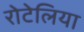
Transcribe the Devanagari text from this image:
रोटेलिया